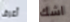
أعرف اشك